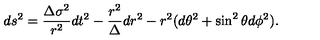
d s ^ { 2 } = \frac { \Delta \sigma ^ { 2 } } { r ^ { 2 } } d t ^ { 2 } - \frac { r ^ { 2 } } { \Delta } d r ^ { 2 } - r ^ { 2 } ( d \theta ^ { 2 } + \sin ^ { 2 } \theta d \phi ^ { 2 } ) .